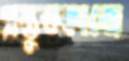
প্রস্তুতকাজে